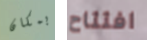
بمكان افتتاح